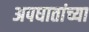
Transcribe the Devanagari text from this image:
अपघातांच्या